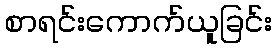
စာရင်းကောက်ယူခြင်း